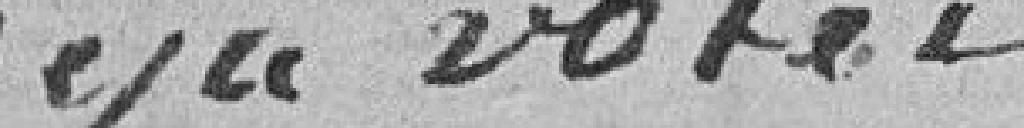
déjà versés